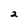
Character: 2